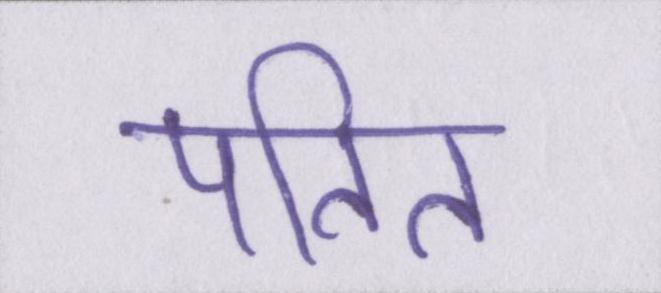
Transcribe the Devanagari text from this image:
पतित